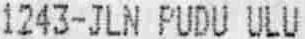
1243-JLN PUDU ULU